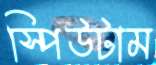
স্পিউটাম